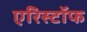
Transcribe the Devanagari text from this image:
एरिस्टॉफ